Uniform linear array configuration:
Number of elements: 4
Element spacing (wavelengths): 0.5
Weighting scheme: exponential
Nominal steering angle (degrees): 0
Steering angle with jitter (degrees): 0.4658
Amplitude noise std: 0.05
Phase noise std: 0.05

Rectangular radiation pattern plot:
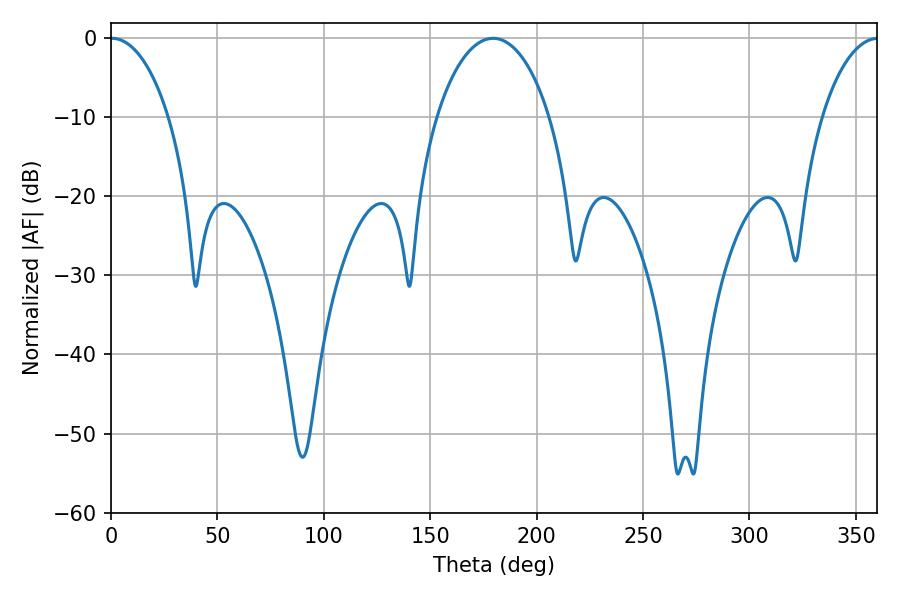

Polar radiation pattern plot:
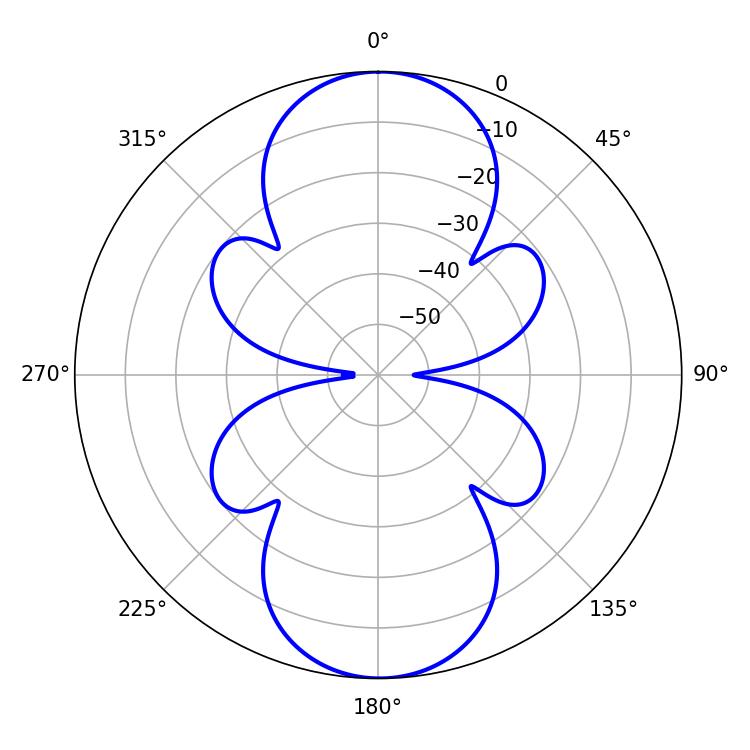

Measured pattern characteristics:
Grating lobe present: FALSE
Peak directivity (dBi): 23.686
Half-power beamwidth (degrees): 15.66
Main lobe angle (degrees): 0.54